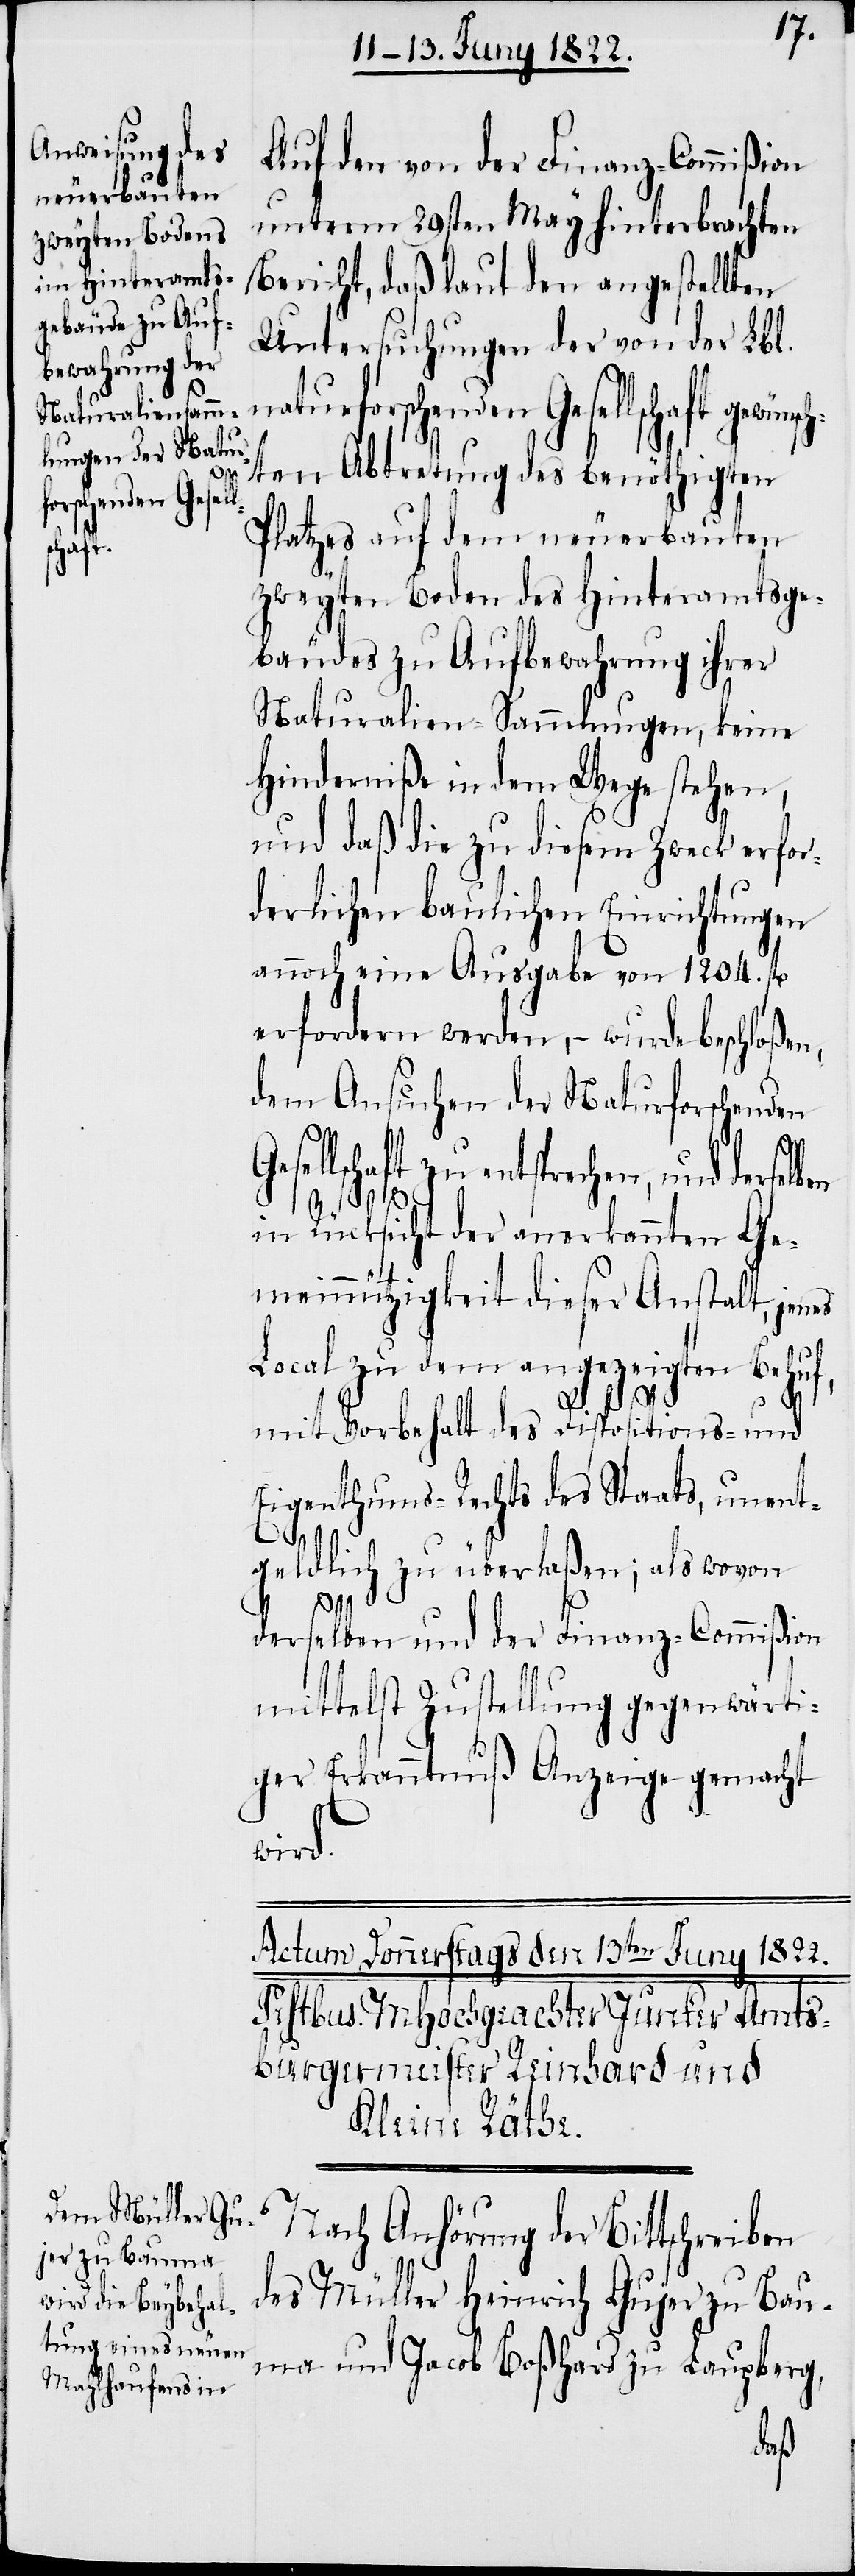
forschenden Gesell¬
natu¬

Auf den von der Finanz-Commißion
unterm 29ten May hinterbrachten
Bericht, daß laut den angestellten
Untersuchungen der von der Lbl.
ten Abtrettung des benöthigten
Platzes auf dem neuerbauten
zweyten Boden des Hinteramtsge¬
bäudes zu Aufbewahrung ihrer
Naturalien-Sammlungen, keine
Hinderniße in dem Wege stehen,
und daß die zu diesem Zweck erfor¬
derlichen baulichen Einrichtungen
annoch eine Ausgabe von 1204. fl
erfordern werden, – wurde beschloßen,
dem Ansuchen der Naturforschenden
rechen, und derselben
in Rücksicht der anerkannten Ge¬
meinnützigkeit dieser Anstalt, jenes
Local zu dem angezeigten Behuf,
r¬
mit Vorbehalt des Dispositions- und
Eigenthums-Rechts des Staats, unent¬
geldlich zu überlaßen; als wovon
derselben und der Finanz-Commißion
mittelst Zustellung gegenwärti¬
ger Erkanntniß Anzeige gemacht
wird.
Nach Anhörung der Bittschreiben
des Müller Heinrich Gujer zu Bau¬
ma und Jacob Boßhard zu Laupberg,